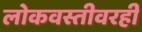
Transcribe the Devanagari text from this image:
लोकवस्तीवरही